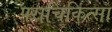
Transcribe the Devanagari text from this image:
पराचिकित्सा